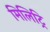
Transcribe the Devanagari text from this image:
मिलिट्रि